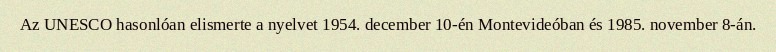
Az UNESCO hasonlóan elismerte a nyelvet 1954. december 10-én Montevideóban és 1985. november 8-án.